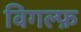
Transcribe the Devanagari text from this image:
विगल्फ़